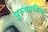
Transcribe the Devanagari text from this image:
पुरुषप्रतिमा